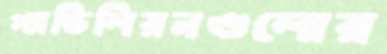
প্যাভিলিয়নগুলোর